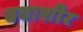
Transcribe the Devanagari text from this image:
बवाशीर